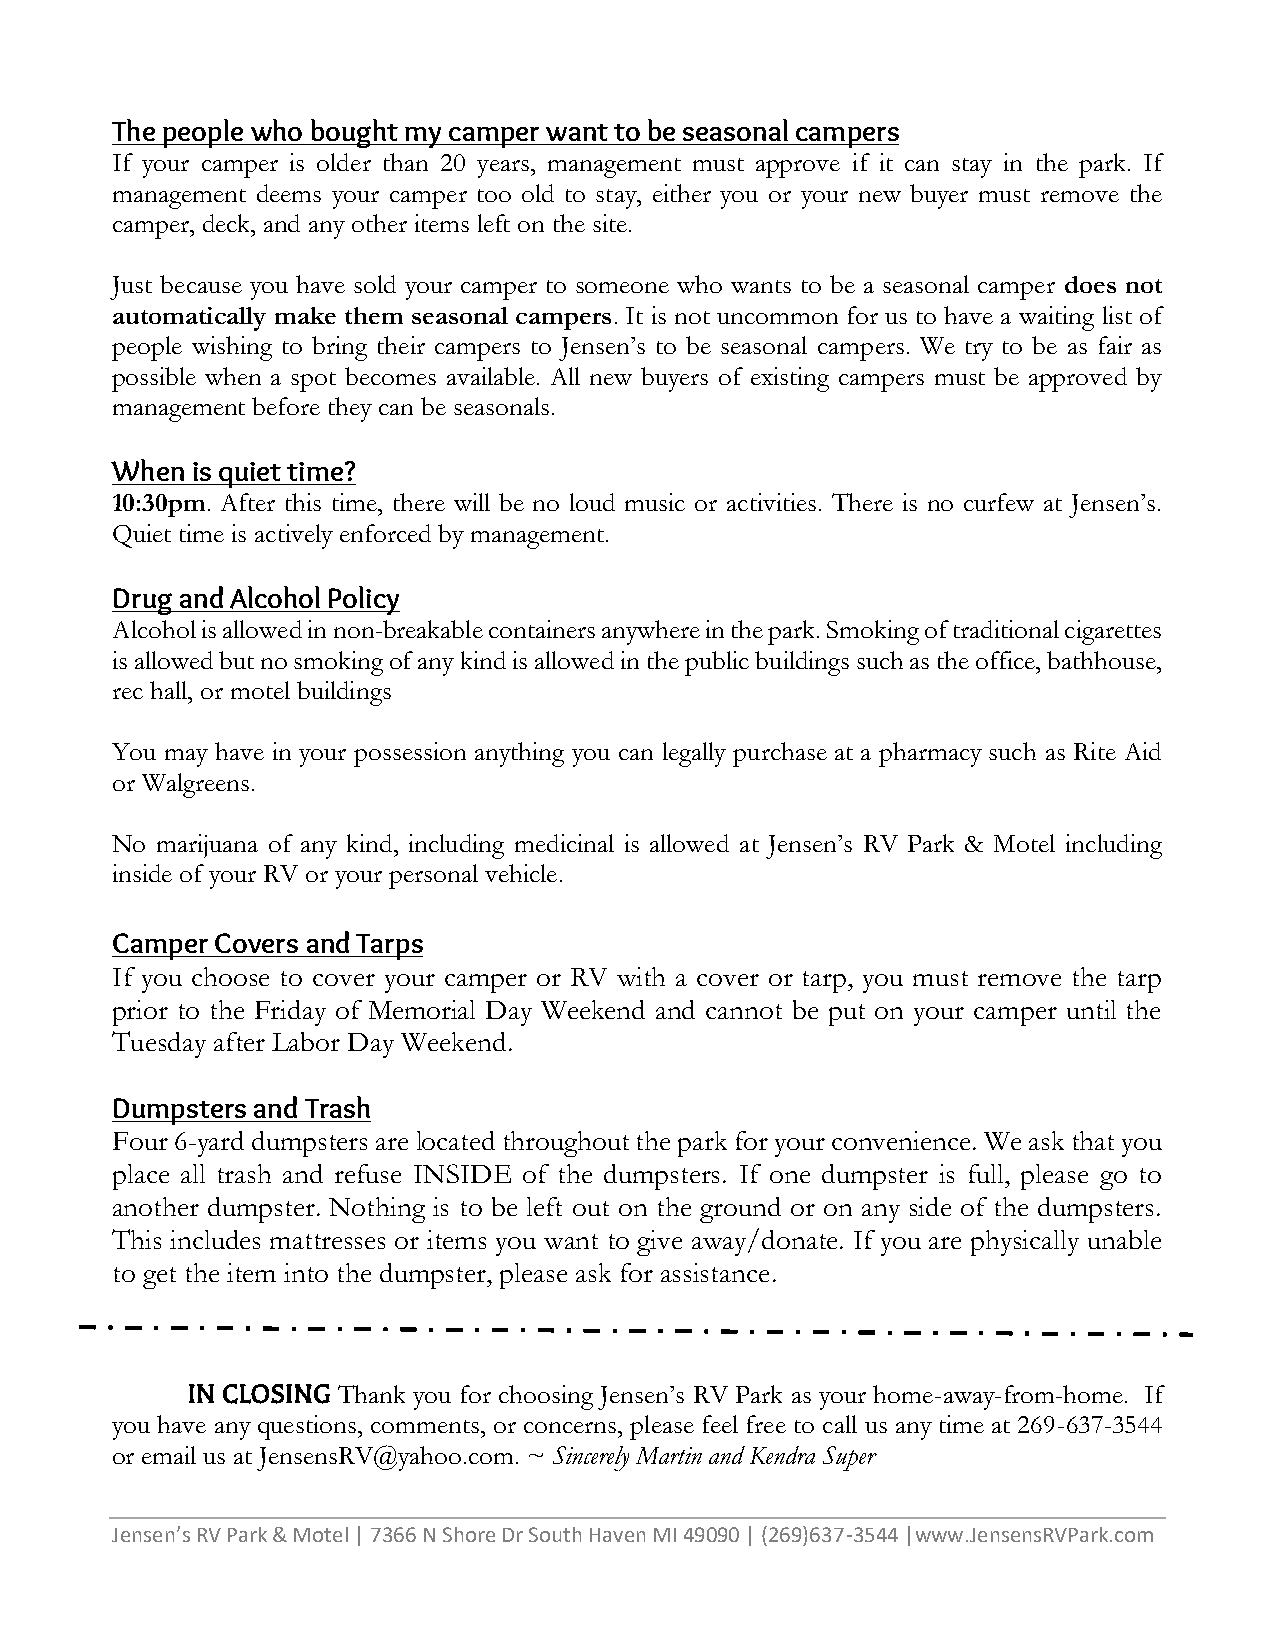
The people who bought my camper want to be seasonal campers
 If your camper is older than 20 years, management must approve if it can stay in the park. If
 management deems your camper too old to stay, either you or your new buyer must remove the
 camper, deck, and any other items left on the site.
 Just because you have sold your camper to someone who wants to be a seasonal camper does not
 automatically make them seasonal campers. It is not uncommon for us to have a waiting list of
 people wishing to bring their campers to Jensen’s to be seasonal campers. We try to be as fair as
 possible when a spot becomes available. All new buyers of existing campers must be approved by
 management before they can be seasonals.
 When  is quiet time?
 10:30pm. After this time, there will be no loud music or activities. There is no curfew at Jensen’s.
 Quiet time is actively enforced by management.
 Drug and Alcohol Policy
 Alcohol is allowed in non-breakable containers anywhere in the park. Smoking of traditional cigarettes
 is allowed but no smoking of any kind is allowed in the public buildings such as the office, bathhouse,
 rec hall, or motel buildings
 You may have in your possession anything you can legally purchase at a pharmacy such as Rite Aid
 or Walgreens.
 No marijuana of any kind, including medicinal is allowed at Jensen’s RV Park & Motel including
 inside of your RV or your personal vehicle.
 Camper Covers and Tarps
 If you choose to cover your camper or RV with a cover or tarp, you must remove the tarp
 prior to the Friday of Memorial Day Weekend and cannot be put on your camper until the
 Tuesday after Labor Day Weekend.
 Dumpsters and Trash
 Four 6-yard dumpsters are located throughout the park for your convenience. We ask that you
 place all trash and refuse INSIDE of the dumpsters. If one dumpster is full, please go to
 another dumpster. Nothing is to be left out on the ground or on any side of the dumpsters.
 This includes mattresses or items you want to give away/donate. If you are physically unable
 to get the item into the dumpster, please ask for assistance.
 IN CLOSING Thank you for choosing Jensen’s RV Park as your home-away-from-home. If
 you have any questions, comments, or concerns, please feel free to call us any time at 269-637-3544
 or email us at JensensRV@yahoo.com. ~ Sincerely Martin and Kendra Super
 Jensen’s RV Park & Motel | 7366 N Shore Dr South Haven MI 49090 | (269)637-3544 |www.JensensRVPark.com